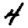
Digit: 4